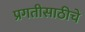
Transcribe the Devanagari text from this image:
प्रगतीसाठीचे